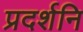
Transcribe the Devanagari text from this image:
प्रदर्शनि